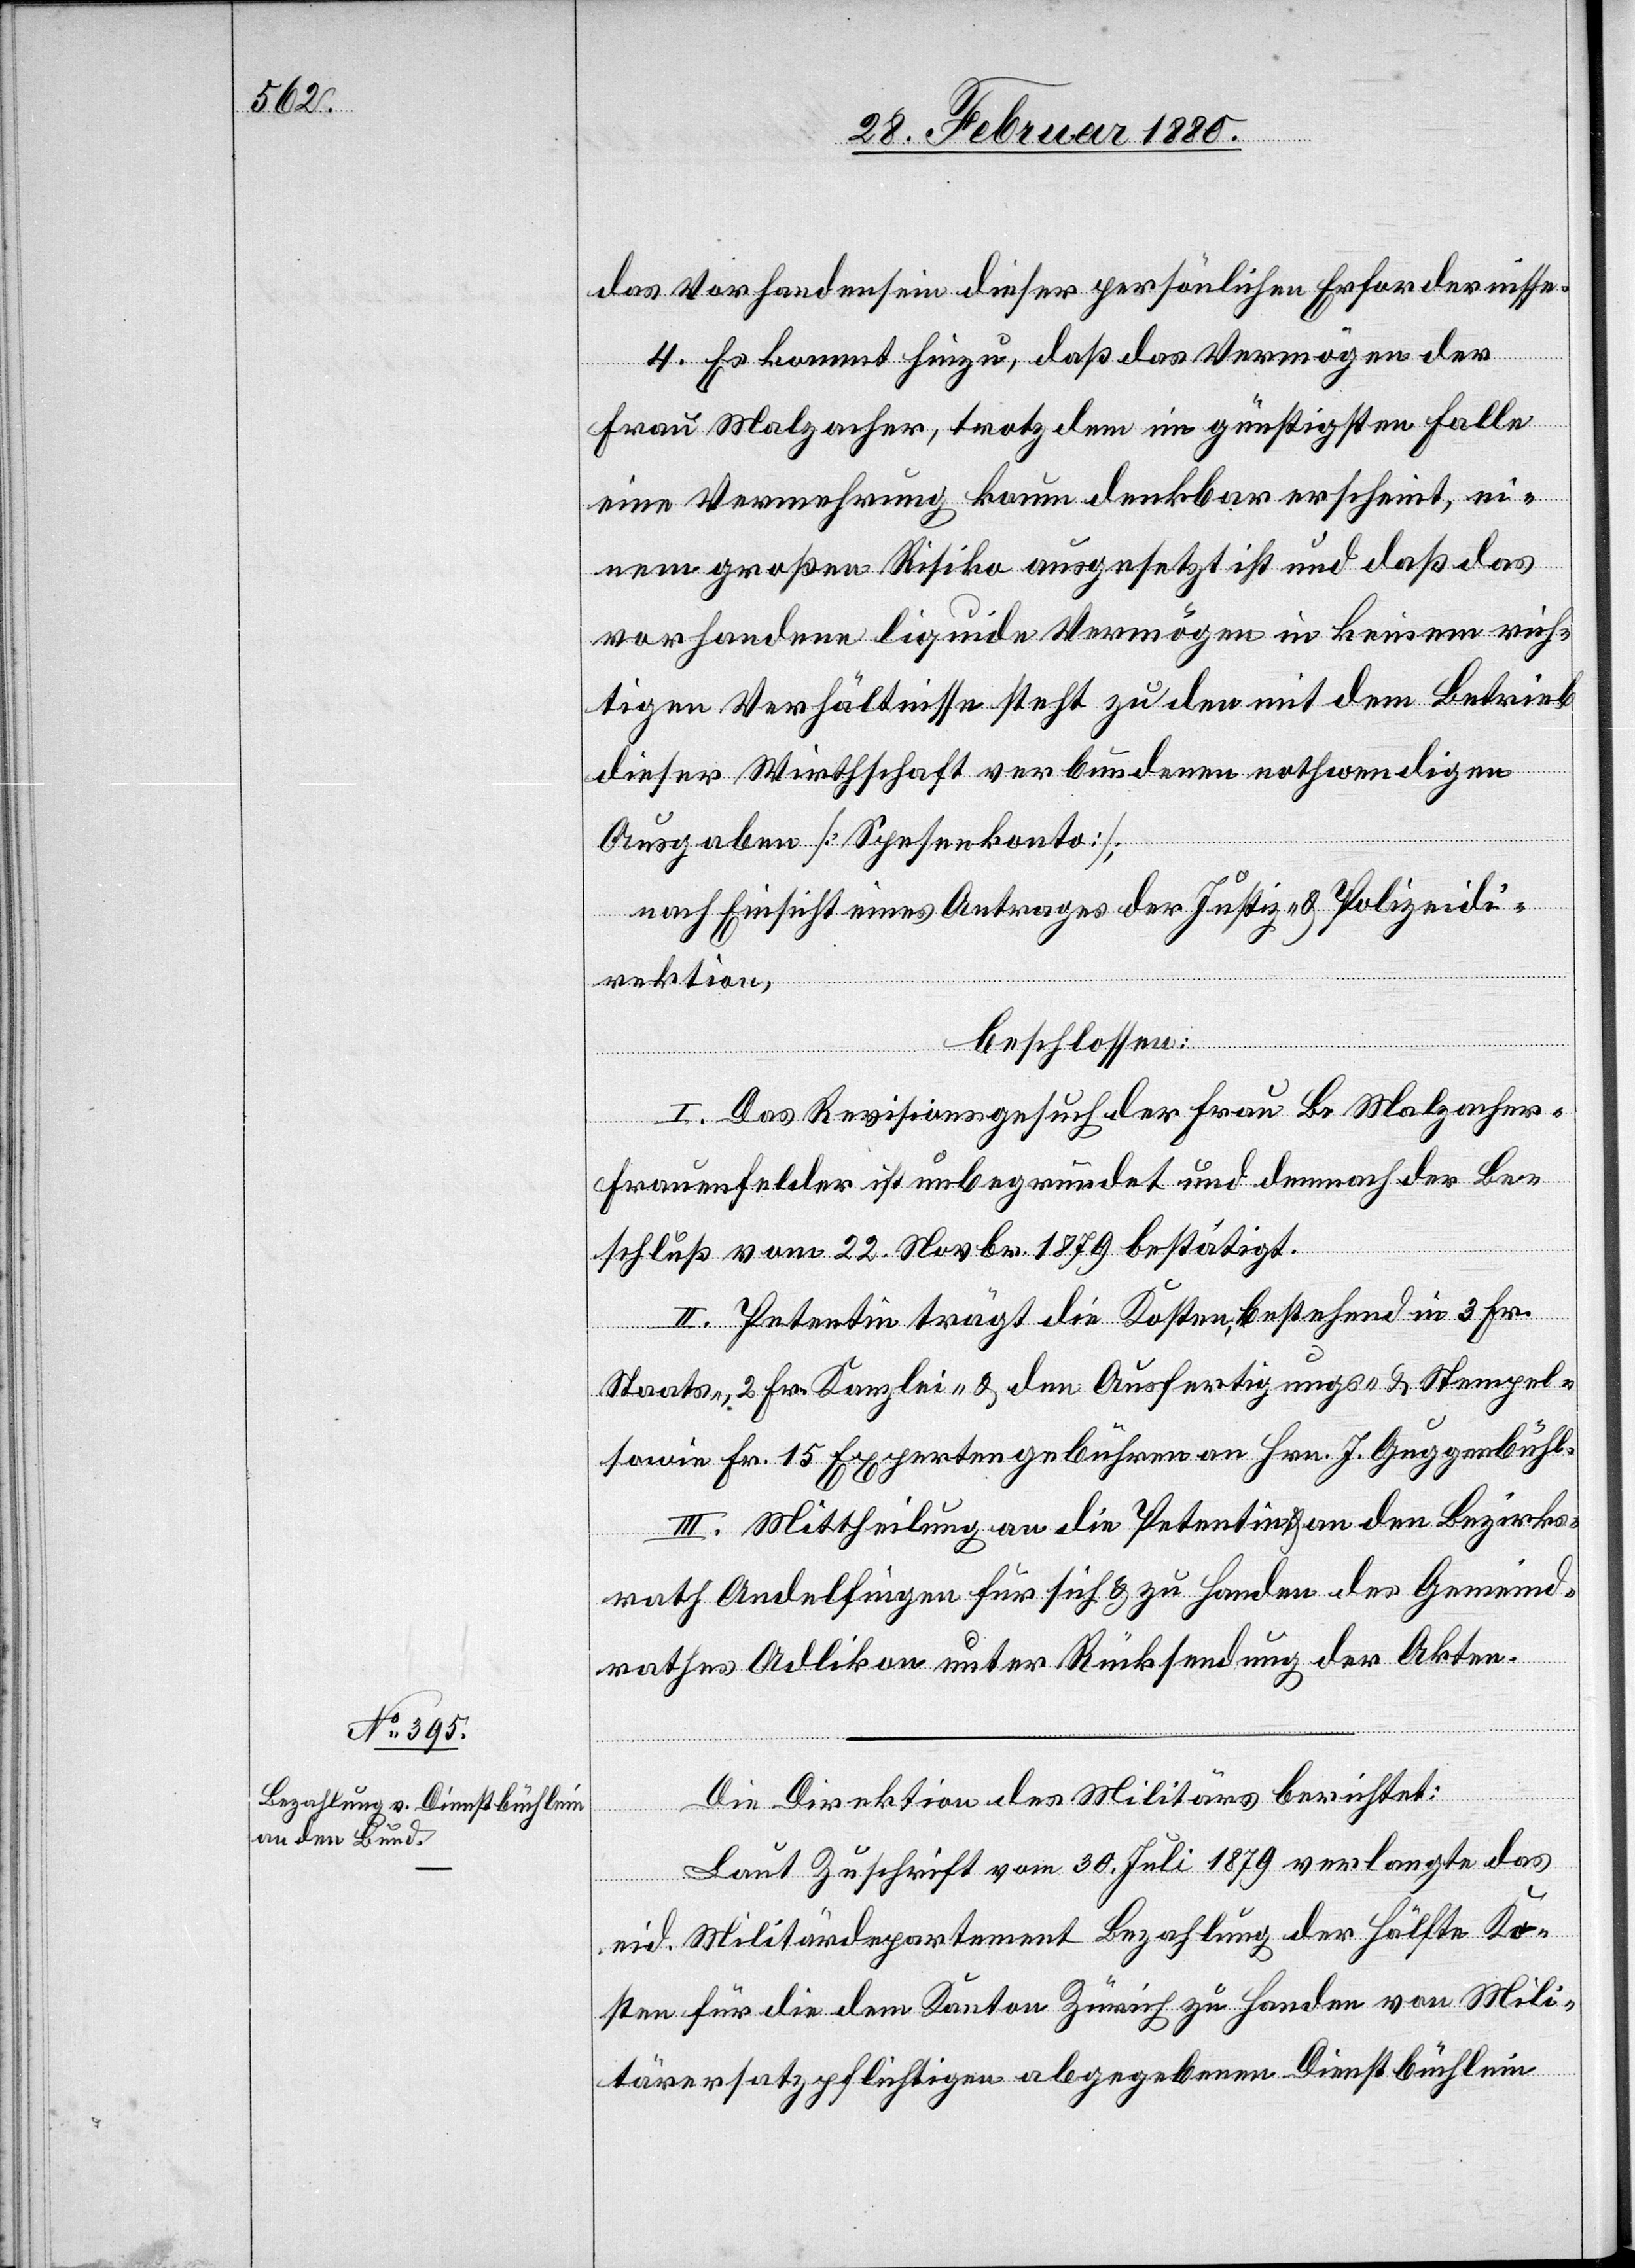
das Vorhandensein dieser persönlichen Erfordernisse.
4. Es kommt hinzu, daß das Vermögen der
Frau Malzacher, trotzdem im günstigsten Falle
eine Vermehrung kaum denkbar erscheint, ei¬
nem großen Risiko ausgesetzt ist und daß das
vorhandene liquide Vermögen in keinem rich¬
tigen Verhältnisse steht zu den mit dem Betrieb
dieser Wirthschaft verbundenen nothwendigen
Ausgaben [Spesenkonto];
nach Einsicht eines Antrages der Justiz- & Polizeidi¬
Ko¬
rektion,
beschlossen:
I. Das Revisionsgesuch der Frau B. Malzacher-F¬
rauenfelder ist unbegründet und demnach der Be¬
schluß vom 22. Novbr. 1879 bestätigt.
II. Petentin trägt die Kosten, bestehend in 3 Fr.
Staats-, 2 Fr. Kanzlei- & den Ausfertigungs- & Stempel-
sowie Fr. 15 Expertengebühren an Hrn. J. Guggenbühl.
III. Mittheilung an die Petentin & an den Bezirks¬
rath Andelfingen für sich & zu Handen des Gemeind¬
rathes Adlikon unter Rücksendung der Akten.
Die Direktion des Militärs berichtet:
Laut Zuschrift vom 30. Juli 1879 verlangte das
eid. Militärdepartement Bezahlung der Hälfte [der]
sten für die dem Kanton Zürich zu Handen von Mili¬
tärersatzpflichtigen abgegebenen Dienstbüchlein